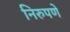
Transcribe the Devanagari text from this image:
निरुपणे